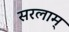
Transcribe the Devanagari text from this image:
सरलाम्